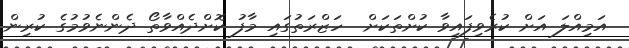
އަމިއްލަ އަށް ކުރެވިފައިވާ ކުށްތަކަށް  ހަޒްރަތުގައި މާފު ކޮށްދެއްވާތޯ ދެންނެވުމުގެ ކުރިން